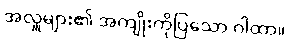
အလှူများ၏ အကျိုးကိုပြသော ဂါထာ။